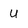
Character: U